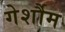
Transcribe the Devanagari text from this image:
गेर्शौम